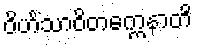
ဝိဟိံသာဝိတက္ကေနာတိ